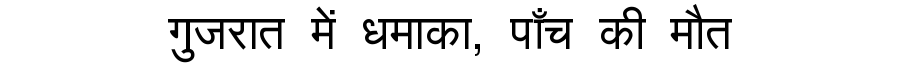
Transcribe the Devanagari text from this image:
गुजरात में धमाका, पाँच की मौत